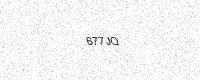
Text: 677JQ